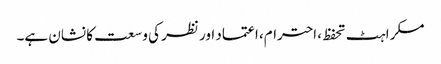
مسکراہٹ تحفظ، احترام، اعتماد اور نظر کی وسعت کا نشان ہے۔